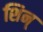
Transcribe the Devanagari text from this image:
शिन्‌